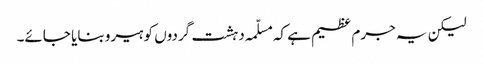
لیکن یہ جرم عظیم ہے کہ مسلّمہ دہشت گردوں کو ہیرو بنایا جائے۔